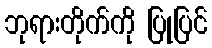
ဘုရားတိုက်ကို ပြုပြင်